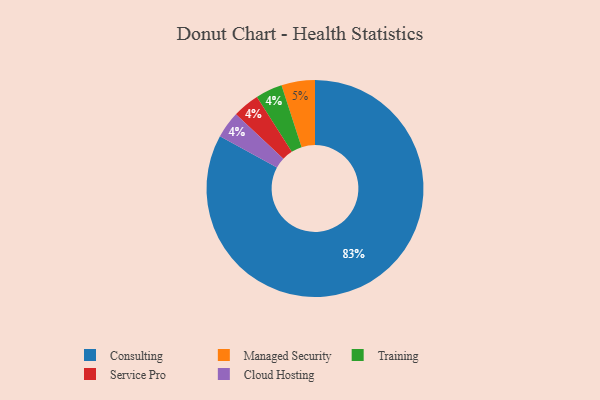
{"axis": {"x": "Category", "y": "Percentage"}, "legend": ["Cloud Hosting", "Consulting", "Managed Security", "Service Pro", "Training"], "data": [{"x": "Training", "y": 4, "type": "Training"}, {"x": "Service Pro", "y": 4, "type": "Service Pro"}, {"x": "Managed Security", "y": 5, "type": "Managed Security"}, {"x": "Cloud Hosting", "y": 4, "type": "Cloud Hosting"}, {"x": "Consulting", "y": 83, "type": "Consulting"}]}